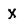
Character: X